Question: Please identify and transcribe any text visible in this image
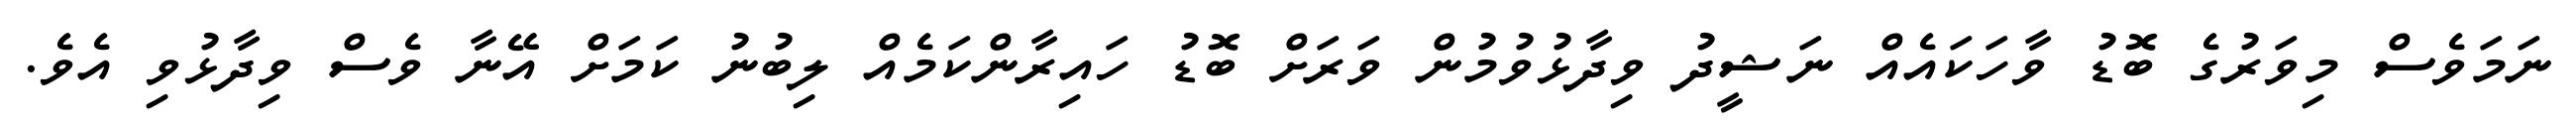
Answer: ނަމަވެސް މިވަރުގެ ބޮޑު ވާހަކައެއް ނަޝީދު ވިދާޅުވުމުން ވަރަށް ބޮޑު ހައިރާންކަމެއް ލިބުނު ކަމަށް އޭނާ ވެސް ވިދާޅުވި އެވެ.